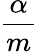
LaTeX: \frac{\alpha}{m}